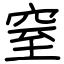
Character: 窒